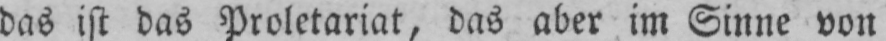
das ist das Proletariat, das aber im Sinne von